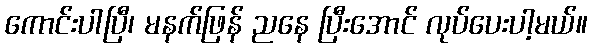
ကောင်းပါပြီ၊ မနက်ဖြန် ညနေ ပြီးအောင် လုပ်ပေးပါ့မယ်။